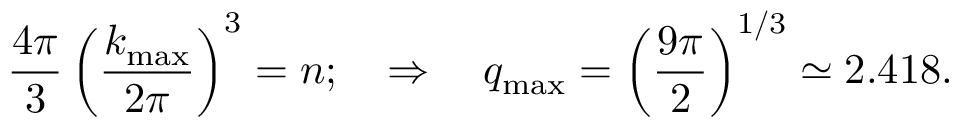
\frac { 4 \pi } { 3 } \left( \frac { k _ { \mathrm { m a x } } } { 2 \pi } \right) ^ { 3 } = n ; \quad \Rightarrow \quad q _ { \mathrm { m a x } } = \left( \frac { 9 \pi } { 2 } \right) ^ { 1 / 3 } \simeq 2 . 4 1 8 .